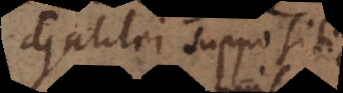
Galilei suppositione